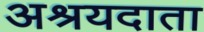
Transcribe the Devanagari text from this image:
अश्रयदाता